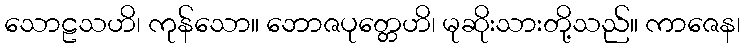
သောဠသဟိ၊ ကုန်သော။ ဘောဇပုတ္တေဟိ၊ မုဆိုးသားတို့သည်။ ကာဇေန၊